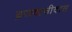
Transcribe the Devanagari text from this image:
ब्रजवासीदास